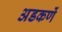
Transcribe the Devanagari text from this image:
अडकणें